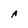
Character: A